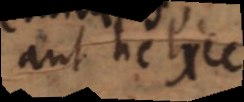
aut helice